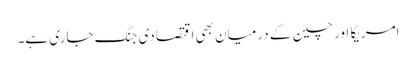
امریکا اور چین کے درمیان بھی اقتصادی جنگ جاری ہے۔